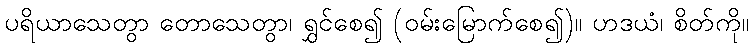
ပရိယာသေတွာ တောသေတွာ၊ ရွှင်စေ၍ (ဝမ်းမြောက်စေ၍)။ ဟဒယံ၊ စိတ်ကို။